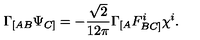
\Gamma _ { [ A B } \Psi _ { C ] } = - \frac { \sqrt { 2 } } { 1 2 \pi } \Gamma _ { [ A } F _ { B C ] } ^ { i } \chi ^ { i } .